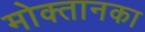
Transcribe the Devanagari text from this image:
मोक्तानका